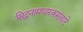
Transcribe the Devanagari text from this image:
सिद्धनामधारकसंवादे